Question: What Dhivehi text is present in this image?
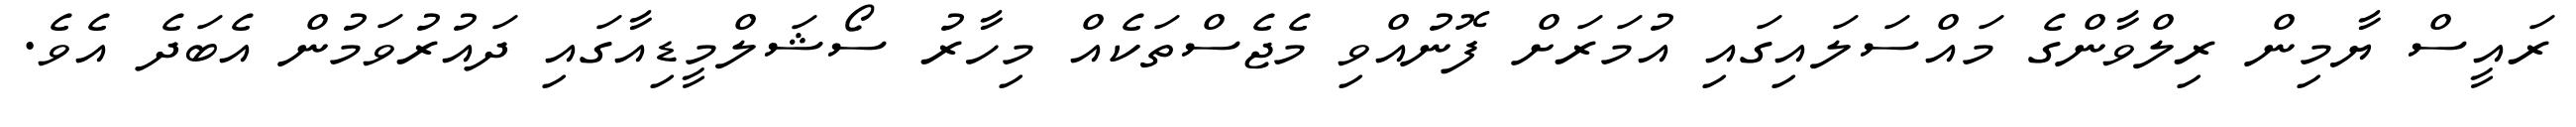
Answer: ރައީސް ޔާމިން ރިލްވާންގެ މައްސަލައިގައި އުމަރަށް ފޮނުއްވި މެޖެސްތަކެއް މިހާރު ސޯޝަލްމީޑިއާގައި ދައުރުވަމުން އެބަދެ އެވެ.